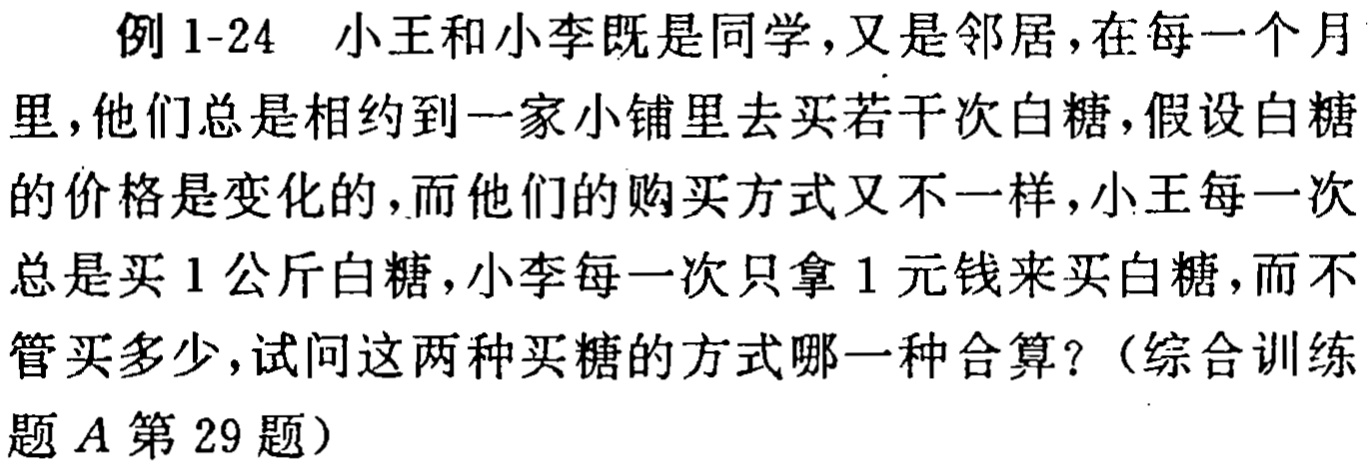
例1-24 小王和小李既是同学，又是邻居，在每一个月里，他们总是相约到一家小铺里去买若干次白糖，假设白糖的价格是变化的，而他们的购买方式又不一样，小王每一次总是买1公斤白糖，小李每一次只拿1元钱来买白糖，而不管买多少，试问这两种买糖的方式哪一种合算？（综合训练题A第29题）